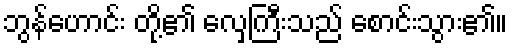
ဘွန်ဟောင်း တို့၏ လှေကြီးသည် စောင်းသွား၏။